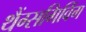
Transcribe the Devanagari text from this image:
थैंग्सगिविंग